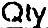
QTY